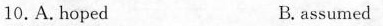
10,A.hoped B.assumed